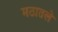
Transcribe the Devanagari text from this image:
मठातले